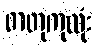
ဓာတုကုထုံး